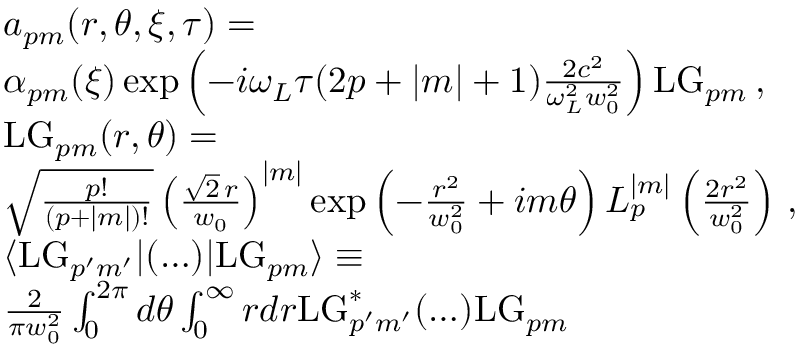
\begin{array} { r l } & { a _ { p m } ( r , \theta , \xi , \tau ) = } \\ & { \alpha _ { p m } ( \xi ) \exp \left( - i \omega _ { L } \tau ( 2 p + | m | + 1 ) \frac { 2 c ^ { 2 } } { \omega _ { L } ^ { 2 } w _ { 0 } ^ { 2 } } \right) \mathrm { L G } _ { p m } \, , } \\ & { \mathrm { L G } _ { p m } ( r , \theta ) = } \\ & { \sqrt { \frac { p ! } { ( p + | m | ) ! } } \left( \frac { \sqrt { 2 } \, r } { w _ { 0 } } \right) ^ { | m | } \exp \left( - \frac { r ^ { 2 } } { w _ { 0 } ^ { 2 } } + i m \theta \right) L _ { p } ^ { | m | } \left( \frac { 2 r ^ { 2 } } { w _ { 0 } ^ { 2 } } \right) \, , } \\ & { \langle \mathrm { L G } _ { p ^ { \prime } m ^ { \prime } } | ( \ldots ) | \mathrm { L G } _ { p m } \rangle \equiv } \\ & { \frac { 2 } { \pi w _ { 0 } ^ { 2 } } \int _ { 0 } ^ { 2 \pi } d \theta \int _ { 0 } ^ { \infty } r d r \mathrm { L G } _ { p ^ { \prime } m ^ { \prime } } ^ { * } ( \ldots ) \mathrm { L G } _ { p m } } \end{array}